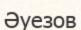
Әуезов